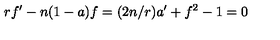
r f ^ { \prime } - n ( 1 - a ) f = ( 2 n / r ) a ^ { \prime } + f ^ { 2 } - 1 = 0